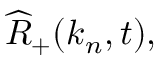
\widehat { R } _ { + } ( \boldsymbol { k } _ { n } , t ) ,